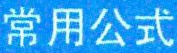
常用公式